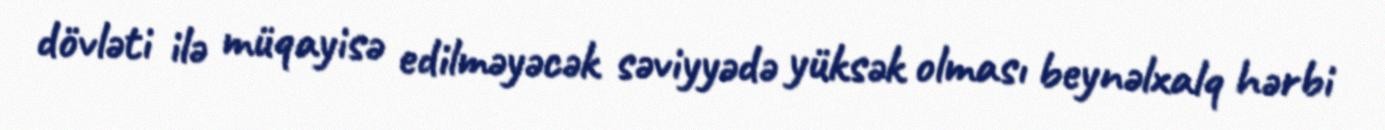
dövləti ilə müqayisə edilməyəcək səviyyədə yüksək olması beynəlxalq hərbi